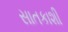
સાતકાશી